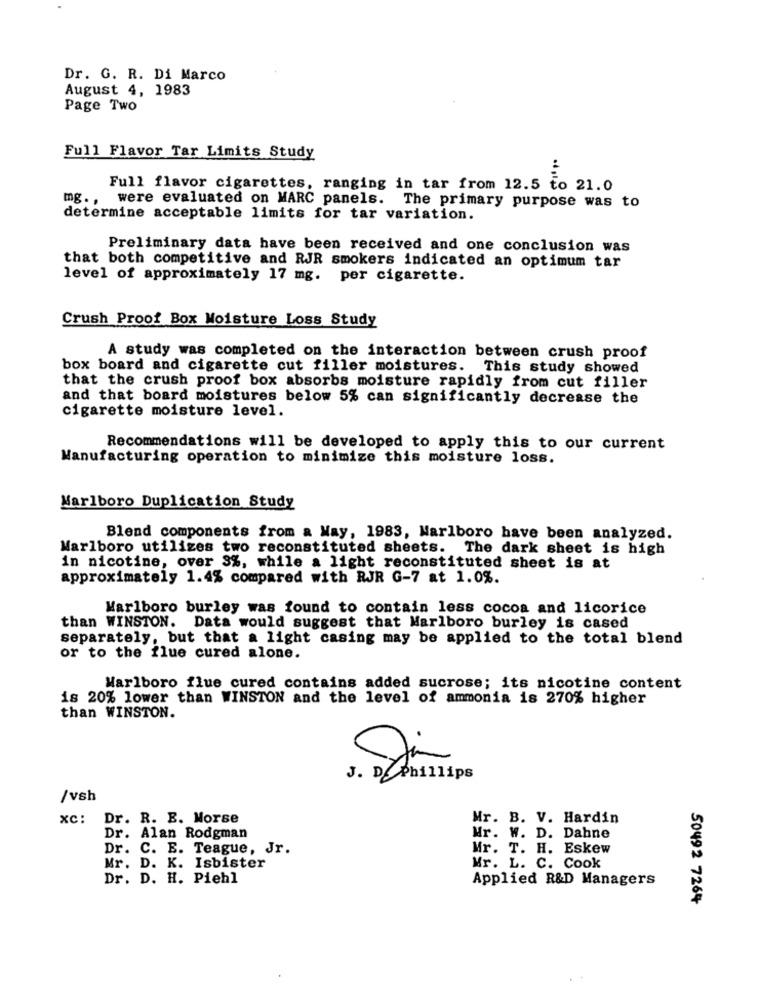
Dr. G. R. Di Marco
August 4, 1983
Page Two
Full Flavor Tar Limits Study
Full flavor cigarettes, ranging in tar from 12.5 to 21.0
mg. .
were evaluated on MARC panels. The primary purpose was to
determine acceptable limits for tar variation.
Preliminary data have been received and one conclusion was
that both competitive and RJR smokers indicated an optimum tar
level of approximately 17 mg. per cigarette.
Crush Proof Box Moisture Loss Study
A study was completed on the interaction between crush proof
box board and cigarette cut filler moistures.
This study showed
that the crush proof box absorbs moisture rapidly from cut filler
and that board moistures below 5% can significantly decrease the
cigarette moisture level.
Recommendations will be developed to apply this to our current
Manufacturing operation to minimize this moisture loss.
Marlboro Duplication Study
Blend components from a May, 1983, Marlboro have been analyzed.
Marlboro utilizes two reconstituted sheets. The dark sheet is high
in nicotine, over 3%, while a light reconstituted sheet is at
approximately 1.4% compared with RJR G-7 at 1.0%.
Marlboro burley was found to contain less cocoa and licorice
than WINSTON. Data would suggest that Marlboro burley is cased
separately, but that a light casing may be applied to the total blend
or to the flue cured alone.
Marlboro flue cured contains added sucrose; its nicotine content
is 20% lower than WINSTON and the level of ammonia is 270% higher
than WINSTON.
J. D. Phillips
/vsh
xc: Dr. R. B. Morse
Mr. B. V. Hardin
Dr. Alan Rodgman
Mr. W. D. Dahne
Dr. C. E. Teague, Jr.
Mr. T. H. Eskew
Mr. D. K. Isbister
Mr. L. C. Cook
Dr. D. H. Piehl
Applied R&D Managers
50492 7264